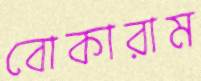
বোকারাম